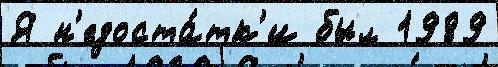
Я н'едоста́тк'и был 1989